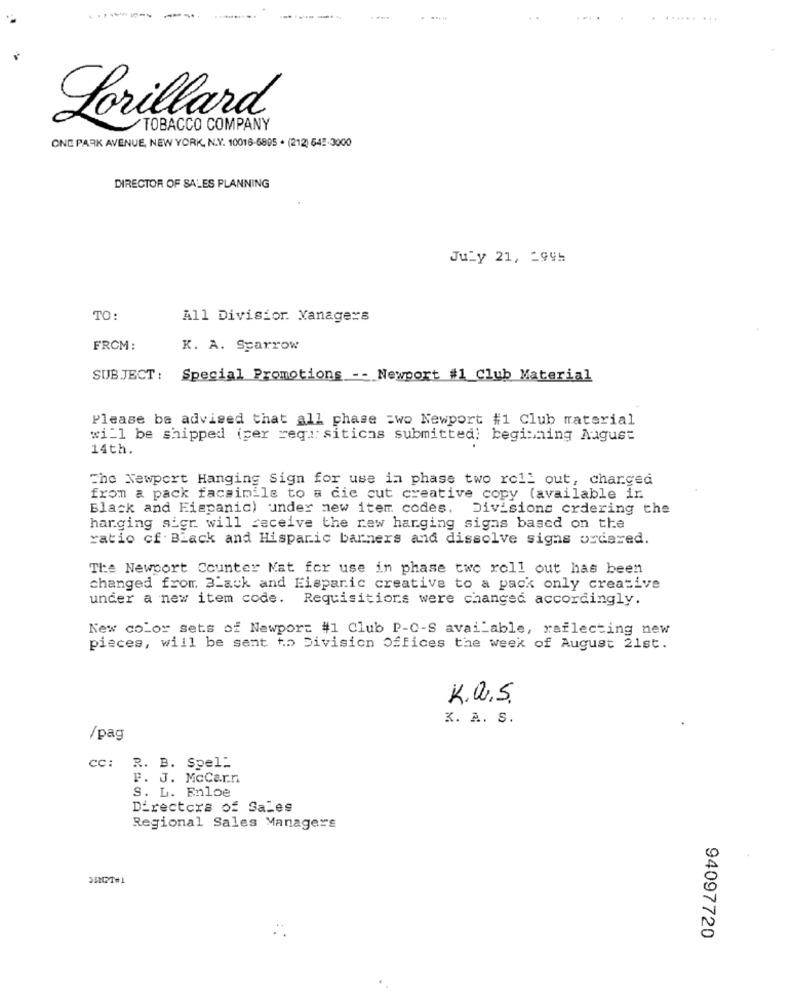
.........
....
Lorillard
TOBACCO COMPANY
ONE PARK AVENUE, NEW YORK, N.Y. 10016-6895 . (212) 642-3000
DIRECTOR OF SALES PLANNING
July 21, _ 995
TO:
All Divisior. Managers
FROM:
K. A. Sparrow
SUBJECT : Special Promotions -- Newport #1 Club Material
Please be advised that all phase =wo Newport #1 Club material
will be shipped (per rega: siticas submitted: beginning August
14th.
The Newport Hanging Sign for use in phase two roll out, charged
from a pack facsimile to a die cut creative copy (available in
Black and Hispanic) under new item codes. Divisions ordering the
hanging sigr will receive the rew hanging sigas based on the
ratio cf. Black and Hispanic barners and dissolve signs ordered.
The Newport Counter Nat for use in phase two roll out has been
changed from Black and Eisparic creative to a pack only creative
under a new item code. Requisitiors were changed accordingly.
New color sets of Newport #1 Club P-0-S available, reflecting new
pieces, will be sent to Division Offices the week of August 21st.
K.a.S.
3. A. S.
/pag
CC: R. B. Spel:
F. J. McCann
S. L. Enloe
Directors of Sales
Regional Sales Managers
94097720